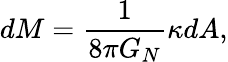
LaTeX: dM={\frac{1}{8\pi G_{N}}}\kappa dA,